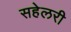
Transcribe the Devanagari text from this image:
सहेलरी